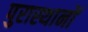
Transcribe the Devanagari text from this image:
पुरास्थानों